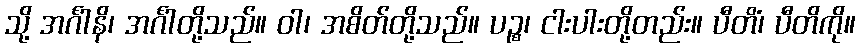
သို့ အင်္ဂါနိ၊ အင်္ဂါတို့သည်။ ဝါ၊ အစိတ်တို့သည်။ ပဉ္စ၊ ငါးပါးတို့တည်း။ ပီတိံ၊ ပီတိကို။